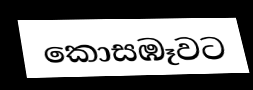
කොසඹෑවට